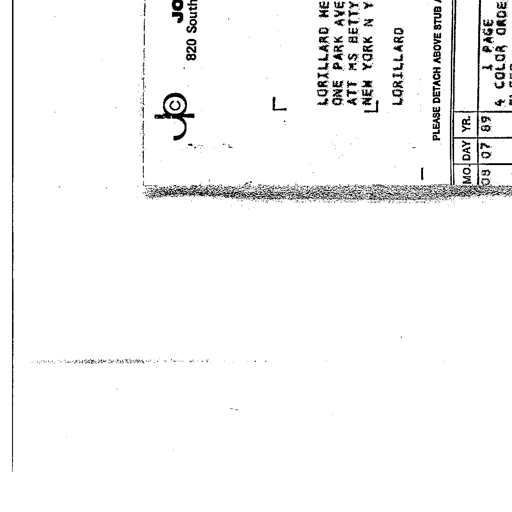
JO
820 SOUTH
LORILLARD ME
ONE PARK AVE
ATT MS BETTY
NEW YORK N Y
LORILLARD
PLEASE DETACH ABOVE STUB
MO DAY YR
08 07 89
1 PAGE
4 COLOR ORDE